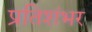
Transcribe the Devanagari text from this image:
प्रतिशंभर